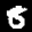
Label: 8